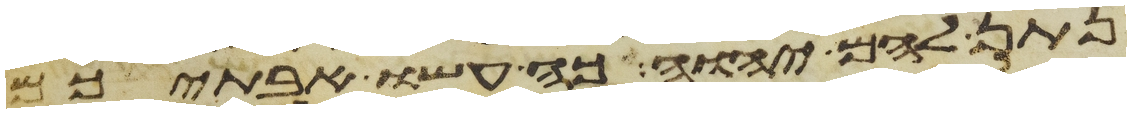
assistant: נתן להם יהוה כה עשו אבתיכם